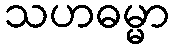
သဟဓမ္မာ